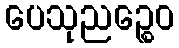
ပေသုညဉ္စေဝ